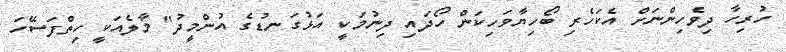
ހުރިހާ ދިވެހިންނަށް އެކަހެރި ބޯހިޔާވަހިކަން ހޯދައި ދިނުމަކީ އަޅުގަނޑުގެ އުންމީދު" މާލެއަކީ ހިތްފަސޭހަ